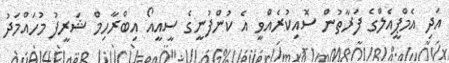
އަދި އެމްޕީއެލްގެ ފަރާތުން ސޮއިކުރެއްވީ އެ ކުންފުނީގެ ސީއީއޯ އިބްރާހިމް ޝަރީފު މުހައްމަދު